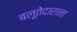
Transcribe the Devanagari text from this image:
बलूतेदाराना